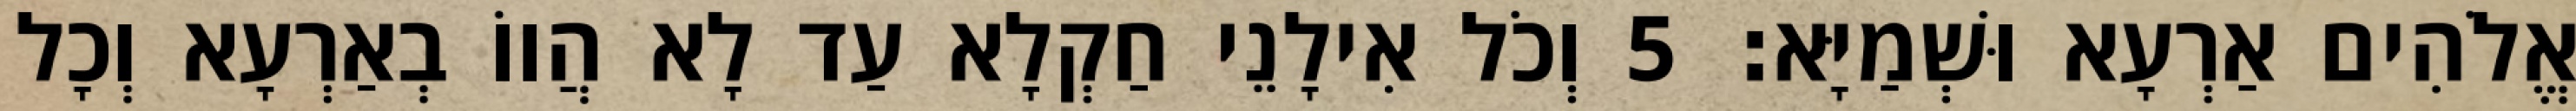
אֱלֹהִים אַרְעָא וּשְׁמַיָּא׃ 5 וְכֹל אִילָנֵי חַקְלָא עַד לָא הֲווֹ בְאַרְעָא וְכָל